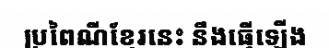
ប្រពៃណីខ្មែរនេះ នឹងធ្វើទ្បើង